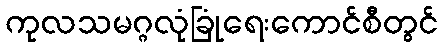
ကုလသမဂ္ဂလုံခြုံရေးကောင်စီတွင်